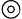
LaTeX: \circledcirc